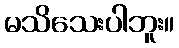
မသိသေးပါဘူး။